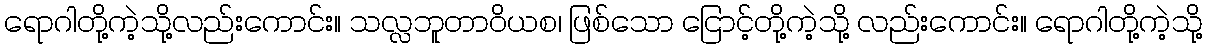
ရောဂါတို့ကဲ့သို့လည်းကောင်း။ သလ္လဘူတာဝိယစ၊ ဖြစ်သော ငြောင့်တို့ကဲ့သို့ လည်းကောင်း။ ရောဂါတို့ကဲ့သို့